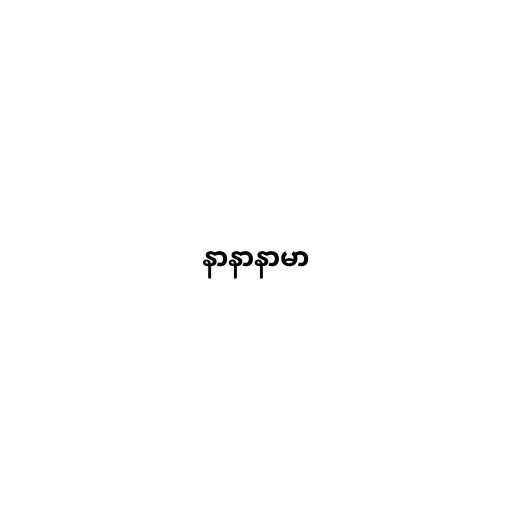
နာနာနာမာ